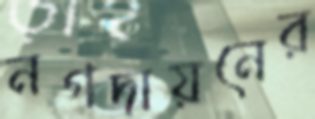
নগদায়নের